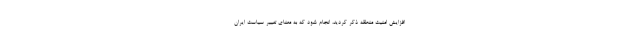
افزایش امنیت منطقه ذکر کردید، انجام شود که به معنای تغییر سیاست ایران